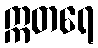
ဣတရေ